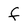
Character: f